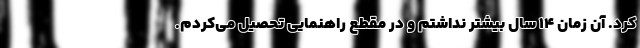
کرد. آن زمان 14 سال بیشتر نداشتم و در مقطع راهنمایی تحصیل می‌کردم.